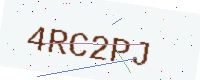
Text: 4RC2PJ